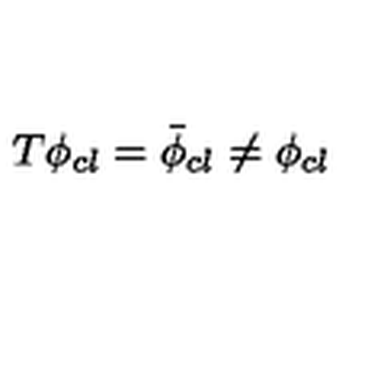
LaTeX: T \phi _ { c l } = \bar { \phi } _ { c l } \neq \phi _ { c l }